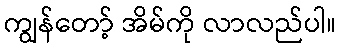
ကျွန်တော့် အိမ်ကို လာလည်ပါ။